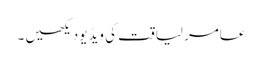
عامر لیاقت کی ویڈیو دیکھیں ۔